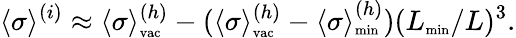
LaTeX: \langle\sigma\rangle^{(i)}\approx\langle\sigma\rangle_{\mathrm{\scriptsize{vac}}}^{(h)}-(\langle\sigma\rangle_{\mathrm{\scriptsize{vac}}}^{(h)}-\langle\sigma\rangle_{\mathrm{\scriptsize{min}}}^{(h)})(L_{\mathrm{\scriptsize{min}}}/L)^{3}.